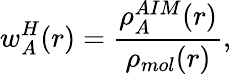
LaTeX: w_{A}^{H}(r)=\frac{\rho_{A}^{AIM}(r)}{\rho_{mol}(r)},